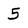
Character: 5